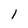
Character: 1